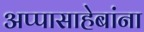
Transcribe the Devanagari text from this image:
अप्पासाहेबांना